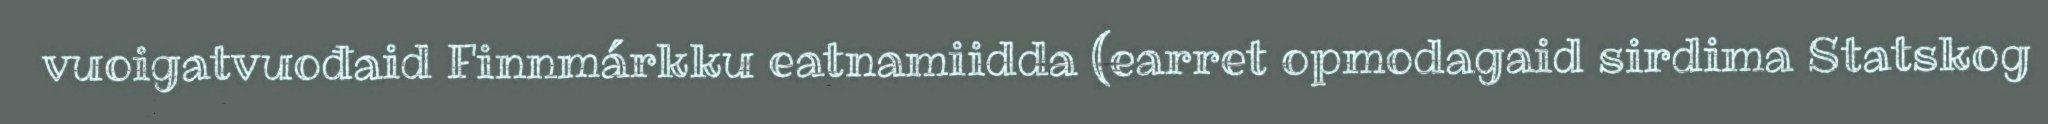
vuoigatvuođaid Finnmárkku eatnamiidda (earret opmodagaid sirdima Statskog